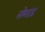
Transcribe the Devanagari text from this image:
सोमदंड